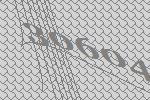
30604